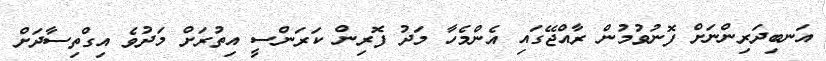
އަނބިދަރިންނަށް ފޮނުވުމުން ރާއްޖޭގައި އެންމެހާ މަދު ފޮރިން ކަރަންސީ އިތުރަށް މަދުވެ އިގްތިސާދަށް